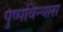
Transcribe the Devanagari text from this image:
पुष्पविन्यास